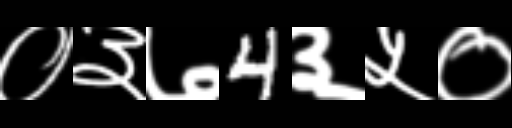
Text: ०३७4३५०